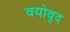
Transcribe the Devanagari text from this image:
वयोवृद